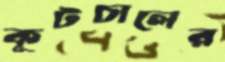
কূটচালের